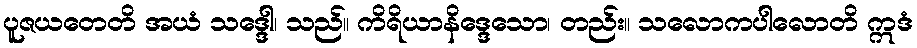
ပူဇယတေတိ အယံ သဒ္ဒေါ၊ သည်။ ကိရိယာနိဒ္ဒေသော၊ တည်း။ သလောကပါလောတိ ဣဒံ